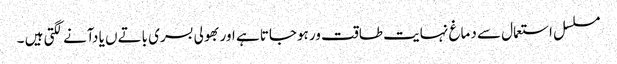
مسلسل استعمال سے دماغ نہایت طاقت ور ہوجاتا ہے اور بھولی بسری باتےں یا دآنے لگتی ہیں ۔